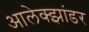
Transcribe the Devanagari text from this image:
आलेक्झांडर